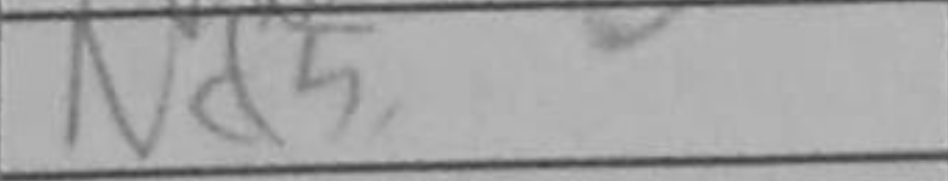
Transcription: Nd5